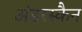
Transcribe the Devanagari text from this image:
अंडरस्कैन